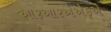
આરઆરએએફએ